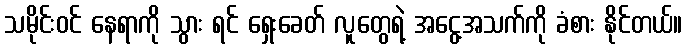
သမိုင်းဝင် နေရာကို သွား ရင် ရှေးခေတ် လူတွေရဲ့ အငွေ့အသက်ကို ခံစား နိုင်တယ်။